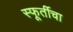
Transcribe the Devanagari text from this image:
स्फूर्तीचा